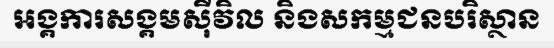
អង្គការសង្គមស៊ីវិល និងសកម្មជនបរិស្ថាន